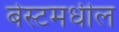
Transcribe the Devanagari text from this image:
बेस्टमधील